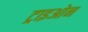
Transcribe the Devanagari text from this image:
ट्राइओन